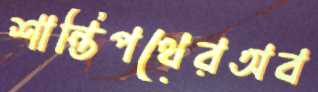
শান্তিপথেরঅব